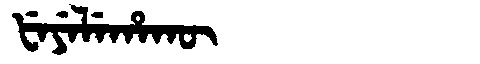
Manchu: ᡶᡝᠶᡝᠯᡝᡥᠠᡴᡡ
Romanization: FEYELEHAKŪ